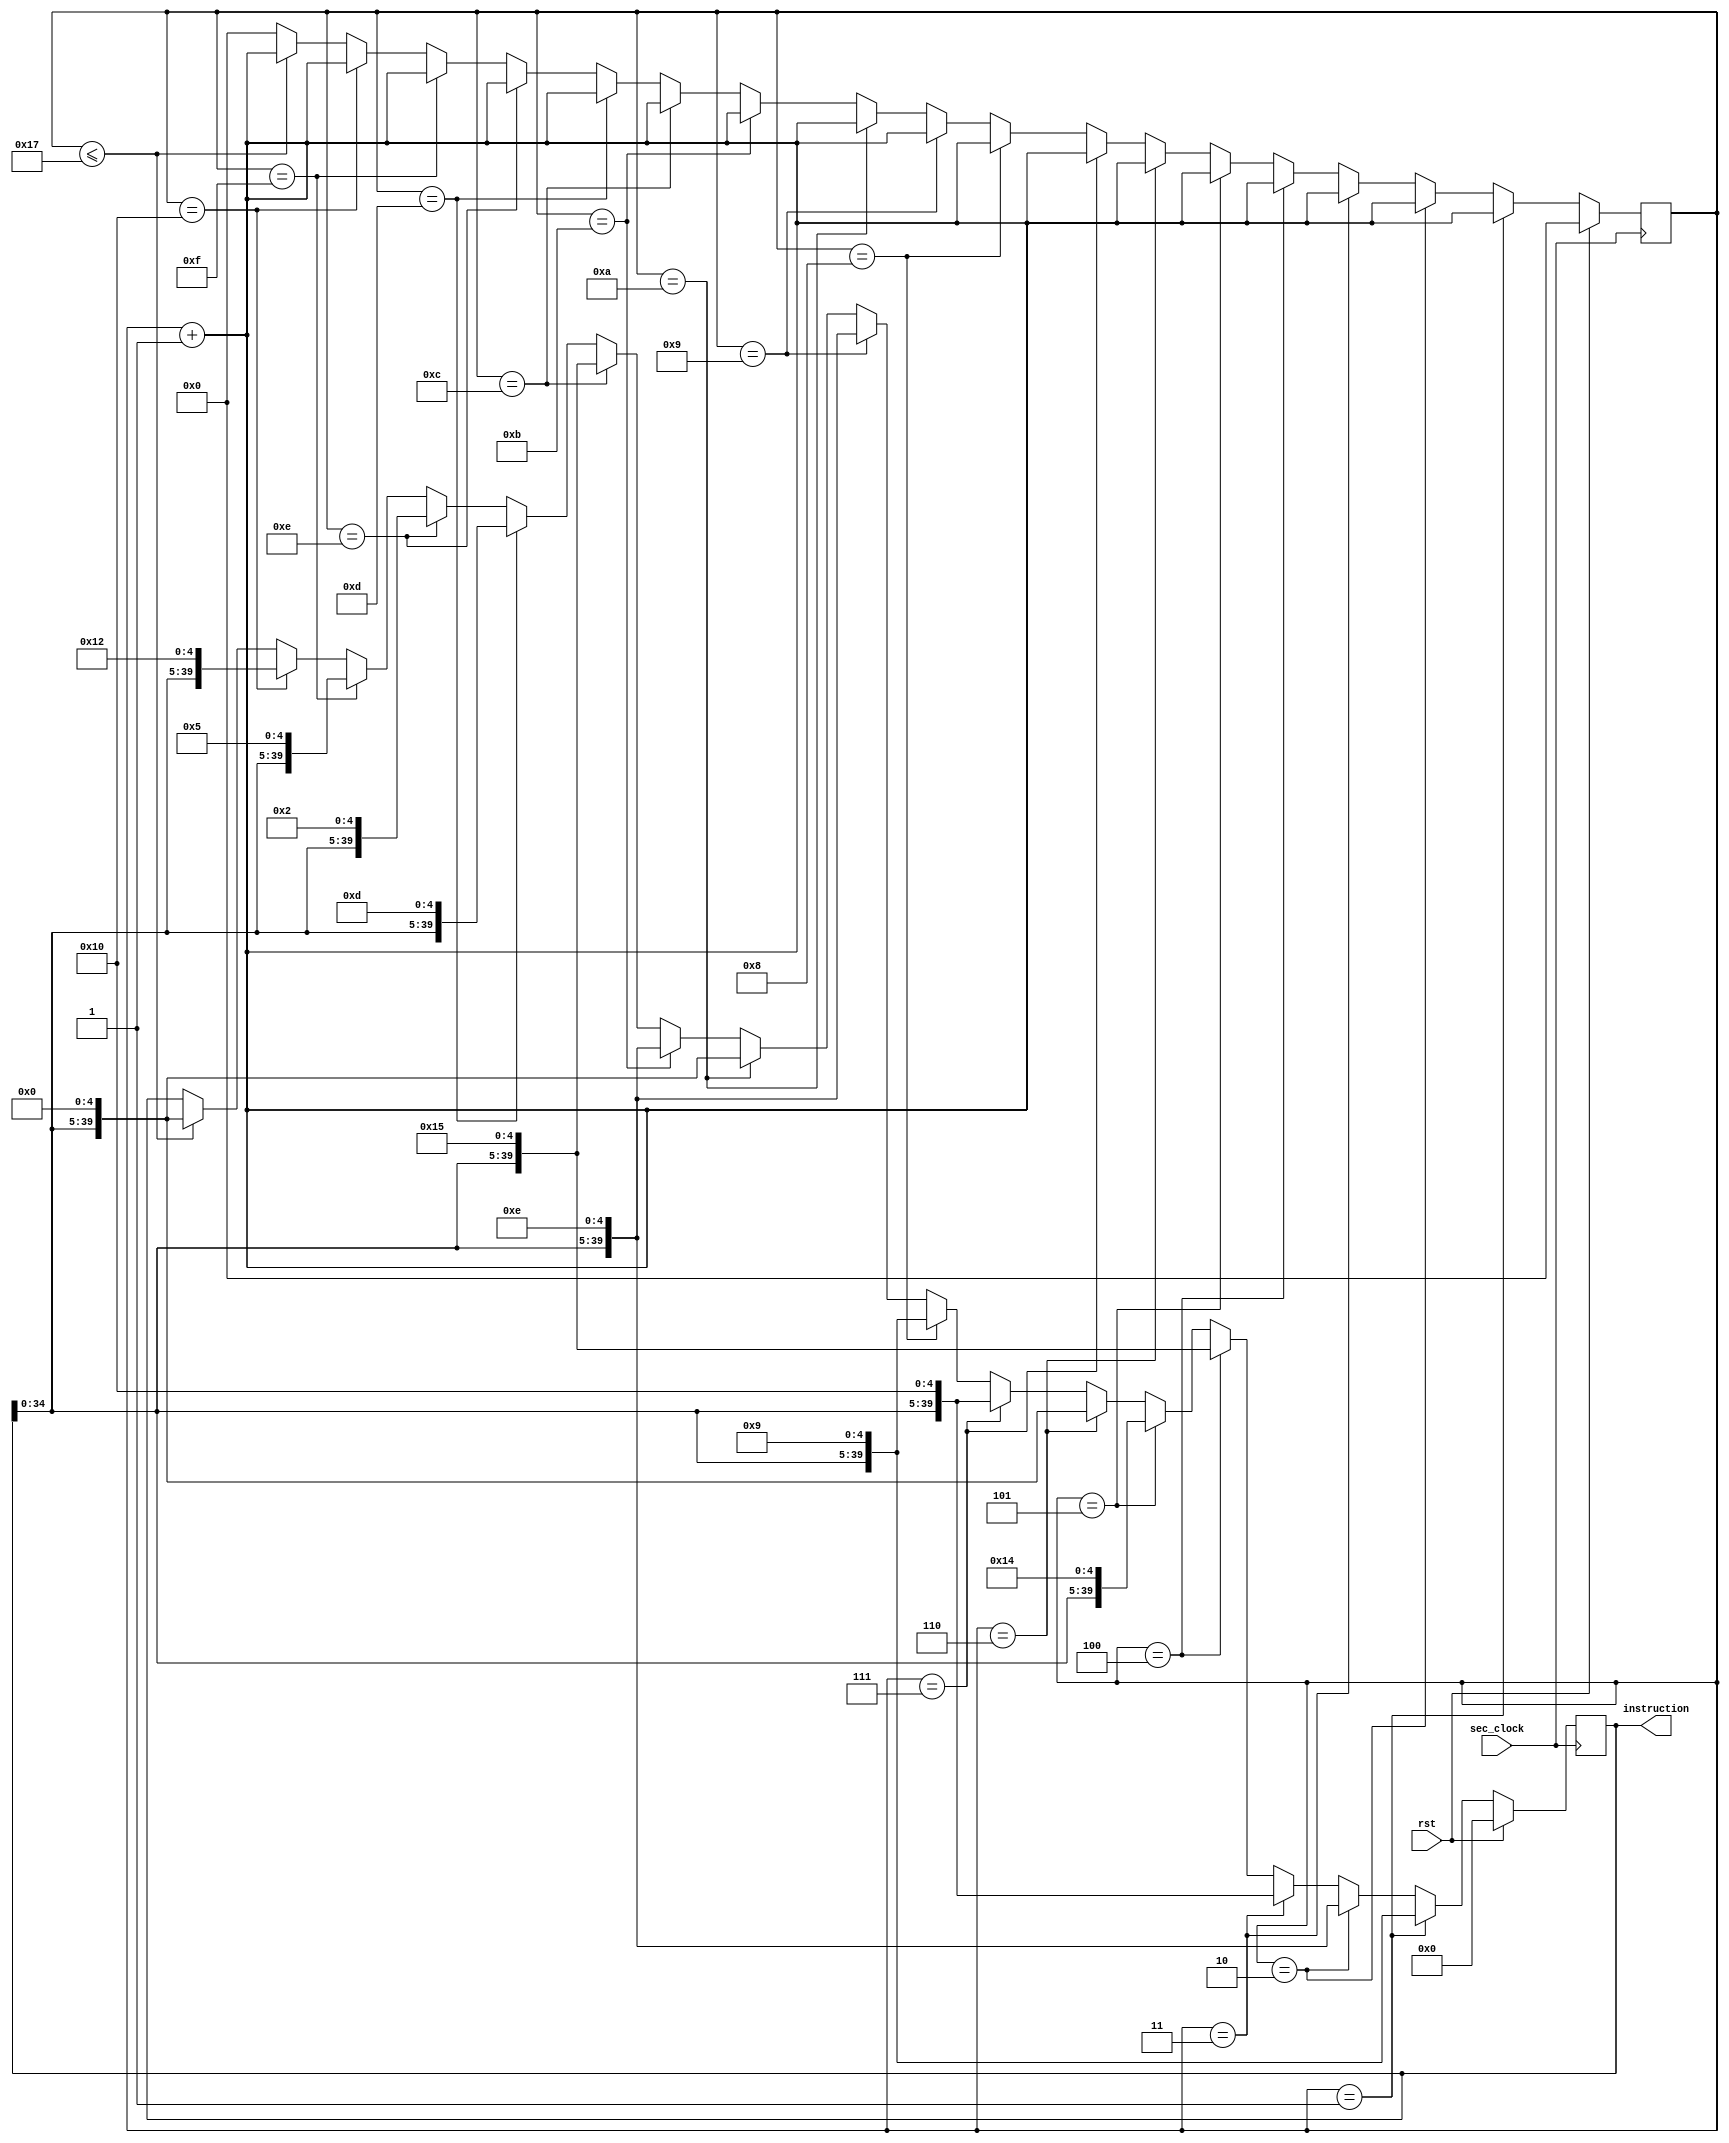
`timescale 1ns / 1ps
//////////////////////////////////////////////////////////////////////////////////
// Company: 
// Engineer: 
// 
// Design Name: 
// Module Name: inst_enter_pin_num
// Project Name: 
// Target Devices: 
// Tool Versions: 
// Description: 
// 
// Dependencies: 
// 
// Revision:
// Revision 0.01 - File Created
// Additional Comments:
// 
//////////////////////////////////////////////////////////////////////////////////


module inst_enter_pin_num(
     input sec_clock,
    input rst,
    output [39:0] instruction
    );

    reg[39:0] temp = 40'b0000000000000000000000000000000000000000;
    reg[7:0] count;
    
    
    always@(posedge sec_clock)
    begin
        if (rst == 1)
        begin
            count <= 0;
            temp = 40'b0000000000000000000000000000000000000000;
        end
        else
        begin
            count <= count + 1;
            if (count == 1)
            begin
                temp = { temp[34:0], 5'b01001};
            end
            else if (count == 2)
            begin
                temp = { temp[34:0], 5'b01110};
            end
            else if (count == 3)
            begin
                temp = { temp[34:0], 5'b10000};
            end
            else if (count == 4)
            begin
                temp = { temp[34:0], 5'b10101};
            end
            else if (count == 5)
            begin
                temp = { temp[34:0], 5'b10100};
            end
            else if (count == 6)
            begin
                temp = { temp[34:0], 5'b00000};
            end
            else if (count == 7)
            begin
                temp = { temp[34:0], 5'b10000};
            end
            else if (count == 8)
            begin
                temp = { temp[34:0], 5'b01001};
            end
            else if (count == 9)
            begin
                temp = { temp[34:0], 5'b01110};
            end
            else if (count == 10)
            begin
                temp = { temp[34:0], 5'b00000};
            end
            else if (count == 11)
            begin
                temp = { temp[34:0], 5'b01110};
            end
            else if (count == 12)
            begin
                temp = { temp[34:0], 5'b10101};
            end
            else if (count == 13)
            begin
                temp = { temp[34:0], 5'b01101};
            end
            else if (count == 14)
            begin
                temp = { temp[34:0], 5'b00010};
            end
            else if (count == 15)
            begin
                temp = { temp[34:0], 5'b00101};
            end
            else if (count == 16)
            begin
                temp = { temp[34:0], 5'b10010};
            end
            else
            begin
                if( count<= 23)
                    temp <= { temp[34:0],5'b00000};
                else
                    count <= 0;
            end
        end
    end
    
    assign instruction = temp;
endmodule